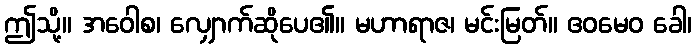
ဤသို့။ အဝေါစ၊ လျှောက်ဆိုပေ၏။ မဟာရာဇ၊ မင်းမြတ်။ ဧဝမေဝ ခေါ၊